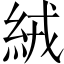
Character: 絨